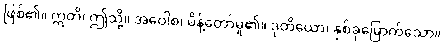
ဖြစ်၏။ ဣတိ၊ ဤသို့။ အဝေါစ၊ မိန့်တော်မူ၏။ ဒုတိယော၊ နှစ်ခုမြောက်သော။